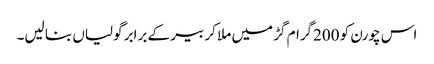
اس چورن کو 200گرام گڑ میں ملا کر بیر کے برابر گولیاں بنا لیں۔